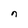
Character: n